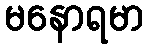
မနောရမာ